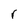
Character: r